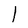
Character: l